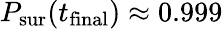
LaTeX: P_{\mathrm{sur}}(t_{\mathrm{final}})\approx 0.999